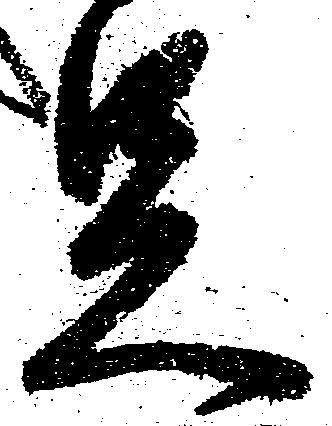
足